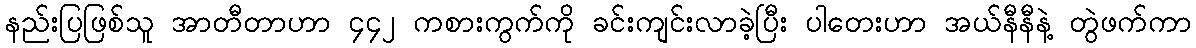
နည်းပြဖြစ်သူ အာတီတာဟာ ၄၄၂ ကစားကွက်ကို ခင်းကျင်းလာခဲ့ပြီး ပါတေးဟာ အယ်နီနီနဲ့ တွဲဖက်ကာ